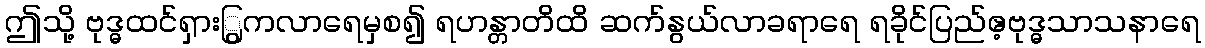
ဤသို့ ဗုဒ္ဓထင်ရှားြွကလာရေမှစ၍ ရဟန္တာတိထိ ဆက်နွယ်လာခရာရေ ရခိုင်ပြည်ဧ့ဗုဒ္ဓသာသနာရေ